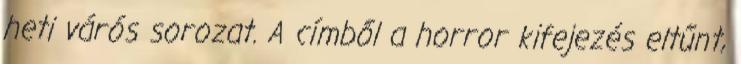
heti várós sorozat. A címből a horror kifejezés eltűnt,